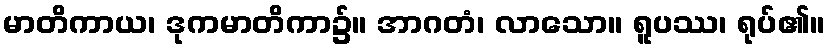
မာတိကာယ၊ ဒုကမာတိကာ၌။ အာဂတံ၊ လာသော။ ရူပဿ၊ ရုပ်၏။